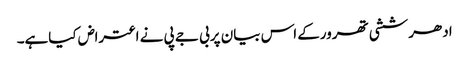
ادھرششی تھرورکے اس بیان پربی جے پی نے اعتراض کیاہے۔